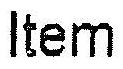
ITEM